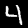
Digit: 4